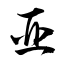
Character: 亜